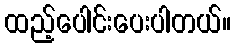
ထည့်ပေါင်းပေးပါတယ်။